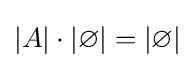
|A|\cdot |\varnothing |=|\varnothing |